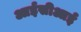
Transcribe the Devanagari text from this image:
आईसीआई